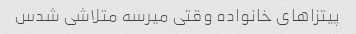
پیتزاهای خانواده وقتی میرسه متلاشی شدس